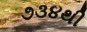
૭૩૪થી